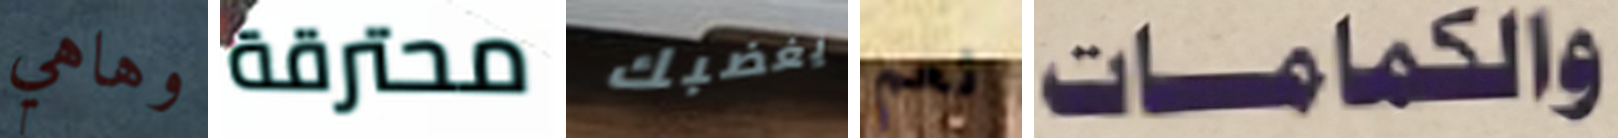
وهاهي محترقة يغضبك نعم والكمامات